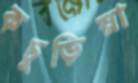
কচুড়িয়া